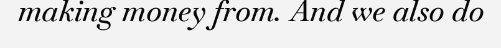
making money from. And we also do